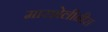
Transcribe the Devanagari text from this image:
मारशेलीनीस